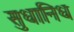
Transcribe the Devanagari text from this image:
सुधानिध